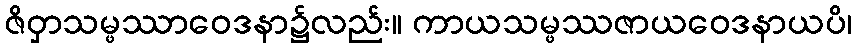
ဇိဝှာသမ္ဖဿာဝေဒနာ၌လည်း။ ကာယသမ္ဖဿဇာယဝေဒနာယပိ၊